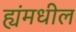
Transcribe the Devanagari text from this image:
ह्यंमधील